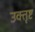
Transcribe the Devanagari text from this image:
उक्तृष्ट